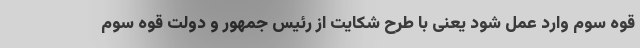
قوه سوم وارد عمل شود یعنی با طرح شکایت از رئیس جمهور و دولت قوه سوم